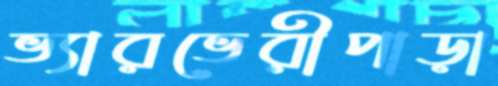
ভ্যারভেরীপাড়া